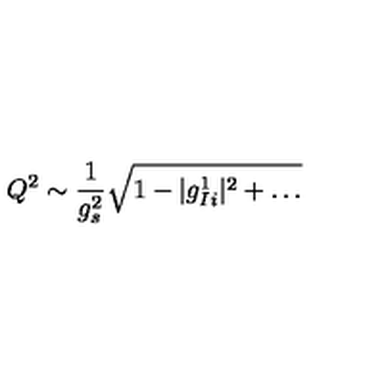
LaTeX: Q ^ { 2 } \sim \frac { 1 } { g _ { s } ^ { 2 } } \sqrt { 1 - | g _ { I i } ^ { 1 } | ^ { 2 } + \dots }